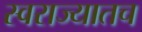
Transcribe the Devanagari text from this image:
स्वराज्यातच